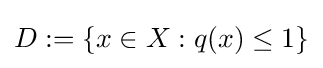
{\textstyle D:=\{x\in X:q(x)\leq 1\}}